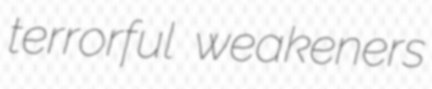
terrorful weakeners